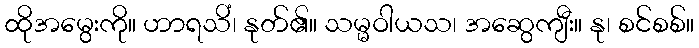
ထိုအမွေးကို။ ဟာရသိံ၊ နုတ်၏။ သမ္မဝါယသ၊ အဆွေကျီး။ နု၊ စင်စစ်။